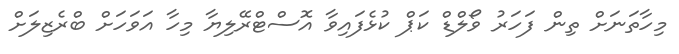
މިހާތަނަށް ތިން ފަހަރު ވޯލްޑް ކަޕް ކުޅެފައިވާ އޮސްޓްރޭލިޔާ މިހާ އަވަހަށް ބްރެޒިލަށް